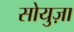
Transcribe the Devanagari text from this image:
सोयुज़ा